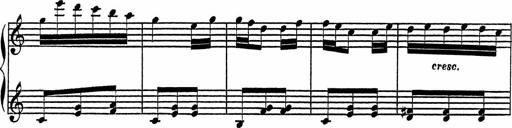
Title: 4 Piano Sonatinas
Composer: Adam Geibel